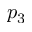
p _ { 3 }